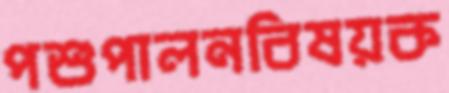
পশুপালনবিষয়ক